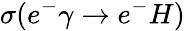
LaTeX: \sigma(e^{-}\gamma\rightarrow e^{-}H)